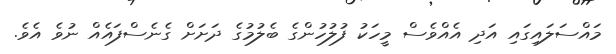
މައްސަލައިގައި އަދި އެއްވެސް މީހަކު ފުލުހުންގެ ބެލުމުގެ ދަށަށް ގެނެސްފައެއް ނުވެ އެވެ.